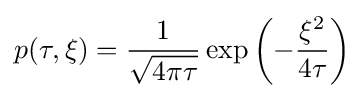
p(\tau ,\xi )={1 \over {\sqrt {4\pi \tau }}}\exp \left(-{\xi ^{2} \over {4\tau }}\right)